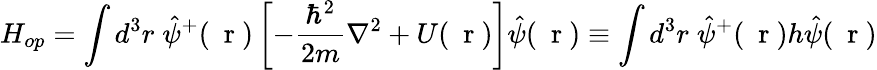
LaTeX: H_{op}=\int d^{3}r\; \hat{\psi}^{+}(\mathrm{~\mathbf~r~})\left[-\frac{\hbar^{2}}{2m}\nabla^{2}+U(\mathrm{~\mathbf~r~})\right]\hat{\psi}(\mathrm{~\mathbf~r~})\equiv\int d^{3}r\; \hat{\psi}^{+}(\mathrm{~\mathbf~r~})h\hat{\psi}(\mathrm{~\mathbf~r~})